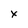
Character: x